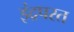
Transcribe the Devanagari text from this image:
इंद्रपरत